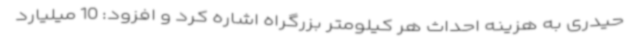
حیدری به هزینه احداث هر کیلومتر بزرگراه اشاره کرد و افزود: 10 میلیارد